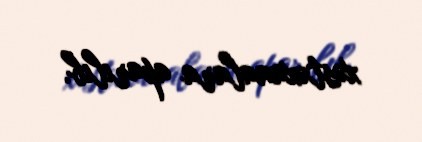
xəstəxanalara aparılıb.